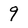
Character: 9